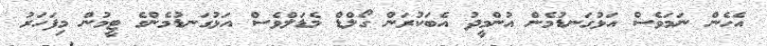
އެހެން ނަމަވެސް އަޅުގަނޑުމެން އުންމީދު އެބަކުރަން ގޯލްޑް މެޑަލްވެސް އަޅުގަނޑުމެންގެ ޓީމުން މިފަހަރު